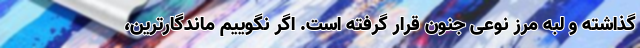
گذاشته و لبه مرز نوعی جنون قرار گرفته است. اگر نگوییم ماندگارترین،